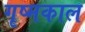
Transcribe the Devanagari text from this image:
गृष्मकाल